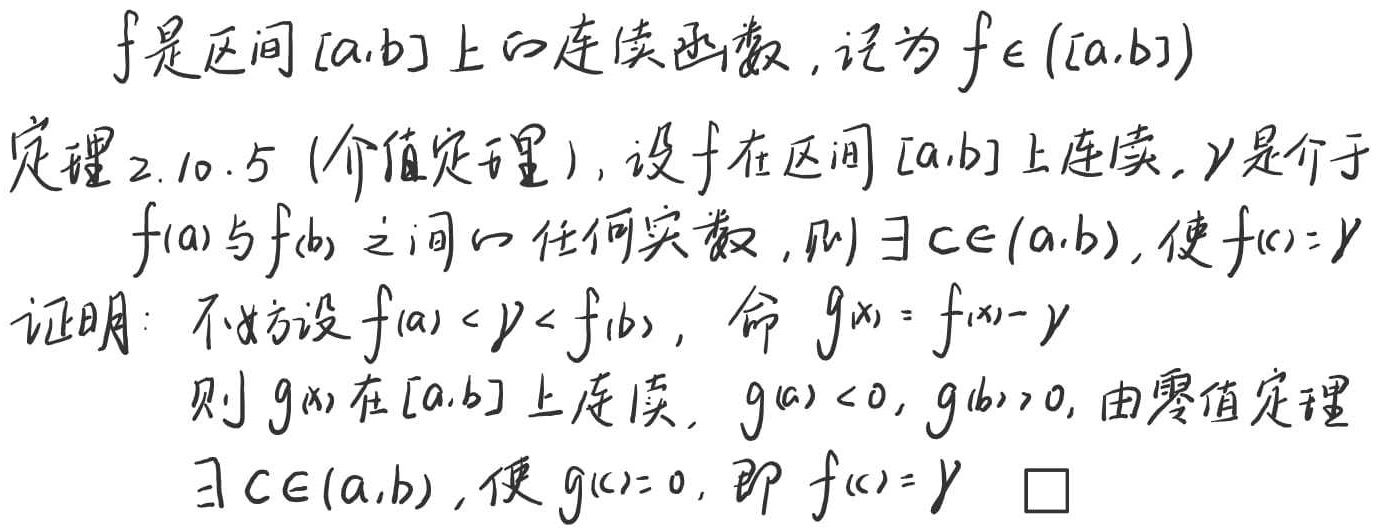
\(f\) 是区间 \([a,b]\) 上的连续函数，记为 \(f\in C([a,b])\)。

定理 2.10.5 (介值定理)：设 \(f\) 在区间 \([a,b]\) 上连续，\(\gamma\) 是介于 \(f(a)\) 与 \(f(b)\) 之间的任何实数，则 \(\exists c\in(a,b)\)，使 \(f(c)=\gamma\)。

证明：不妨设 \(f(a)<\gamma < f(b)\)，命 \(g(x)=f(x)-\gamma\)。则 \(g(x)\) 在 \([a,b]\) 上连续，\(g(a)<0\)，\(g(b)>0\)，由零值定理，\(\exists c\in(a,b)\)，使 \(g(c)=0\)，即 \(f(c)=\gamma\) 。\(\square\)